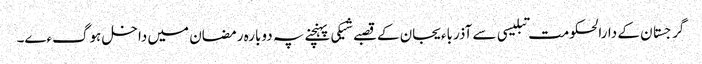
گرجستان کے دارالحکومت تبلیسی سے آذرباءیجان کے قصبے شیکی پہنچنے پہ دوبارہ رمضان میں داخل ہوگءے۔